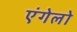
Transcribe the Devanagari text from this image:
एंगेलो